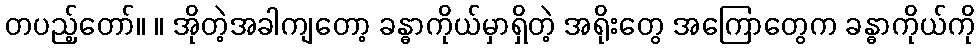
တပည့်တော်။ ။ အိုတဲ့အခါကျတော့ ခန္ဓာကိုယ်မှာရှိတဲ့ အရိုးတွေ အကြောတွေက ခန္ဓာကိုယ်ကို